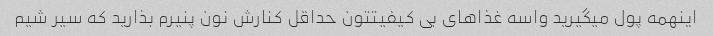
اینهمه پول میگیرید واسه غذاهای بی کیفیتتون حداقل کنارش نون پنیرم بذارید که سیر شیم